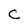
Character: C